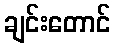
ချင်းတောင်